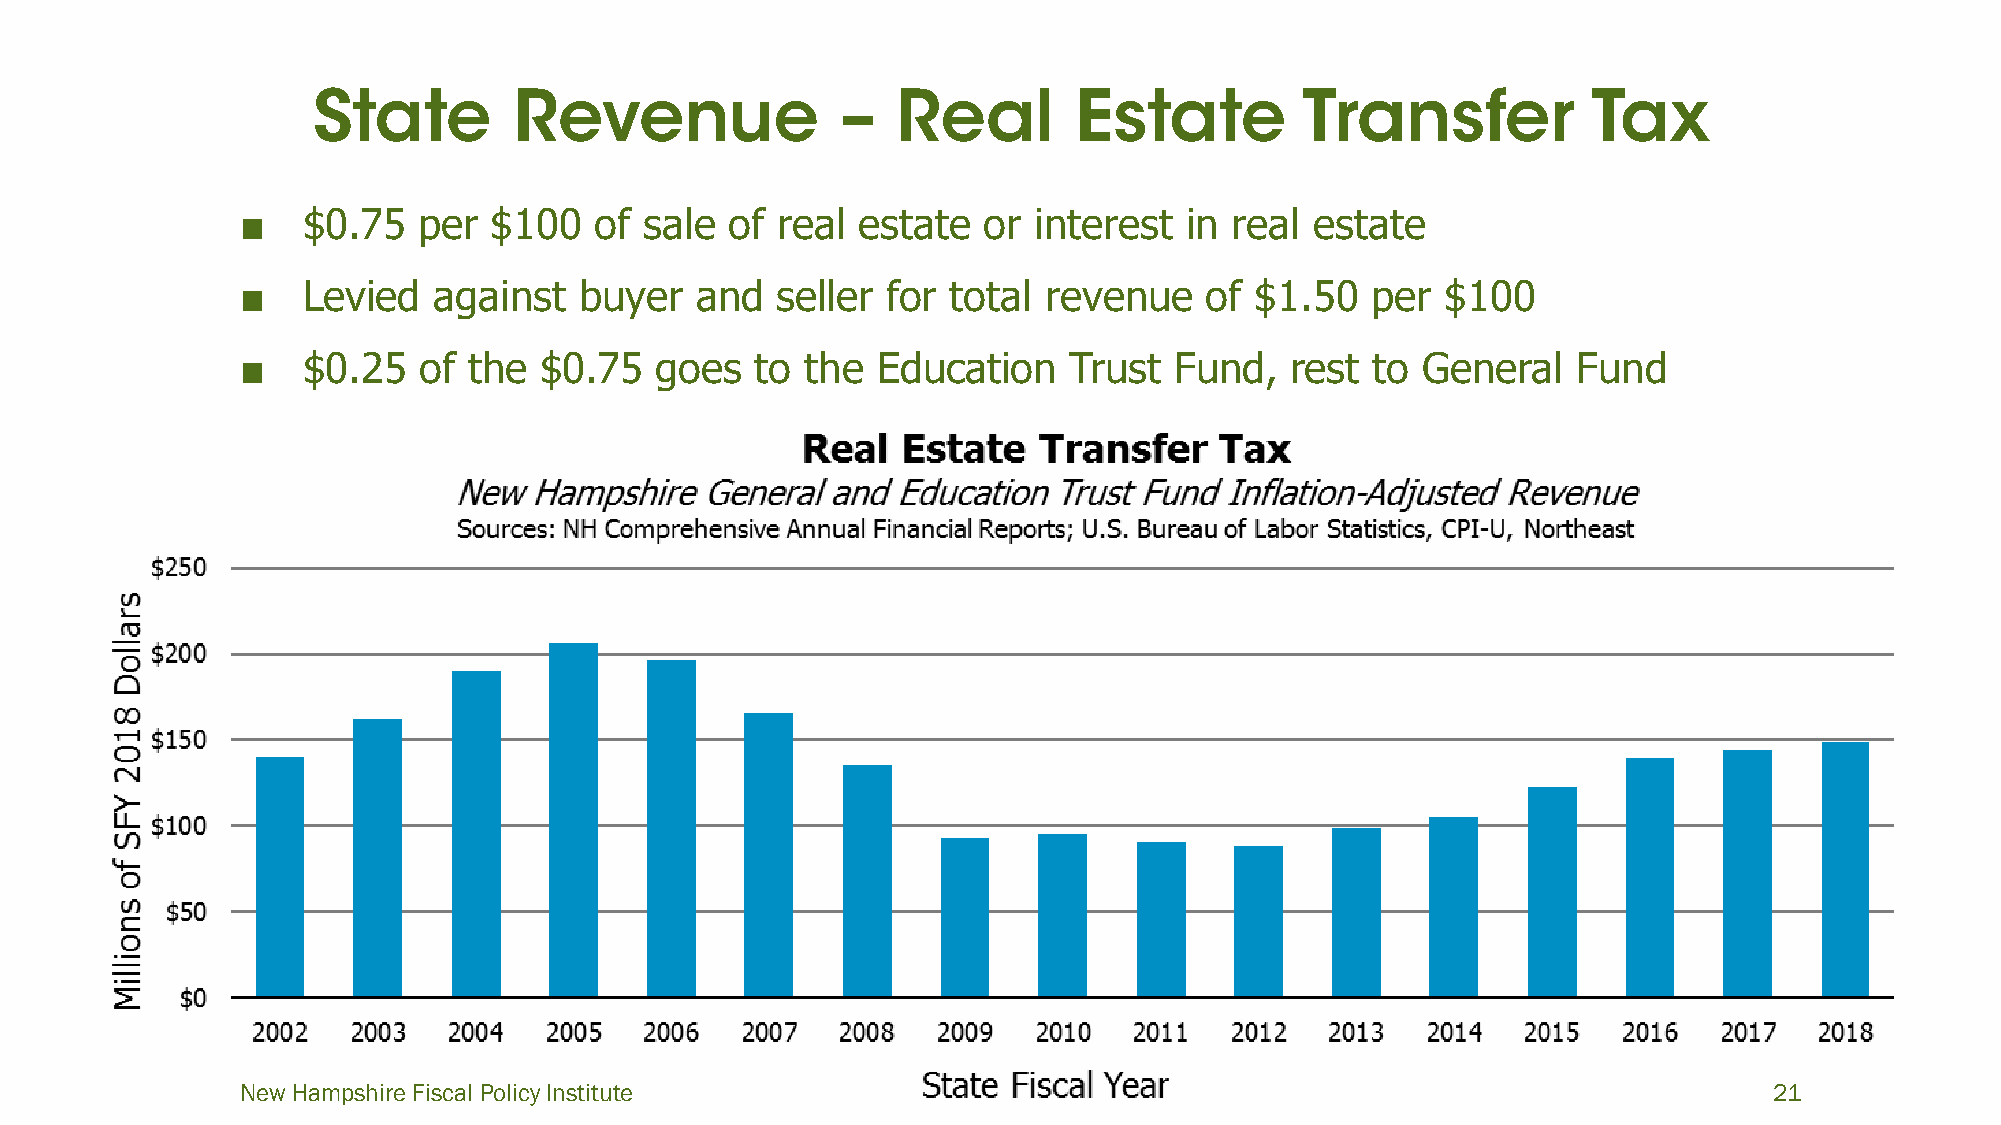
■   $0.75   per  $100  of  sale of real  estate  or  interest  in real estate
 ■   Levied   against  buyer   and  seller  for total revenue    of $1.50   per  $100
 ■   $0.25   of the  $0.75  goes   to the  Education    Trust  Fund,  rest  to General   Fund
 New Hampshire Fiscal Policy Institute                                                                21